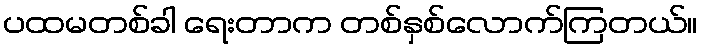
ပထမတစ်ခါ ရေးတာက တစ်နှစ်လောက်ကြတယ်။